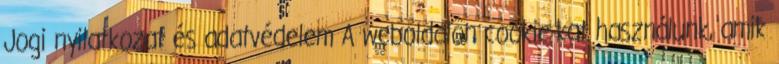
Jogi nyilatkozat és adatvédelem A weboldalon cookie-kat használunk, amik